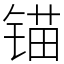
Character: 锚